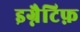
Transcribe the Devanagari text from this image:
इग्नैटिफ़